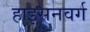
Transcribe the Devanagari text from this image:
हाइसनवर्ग